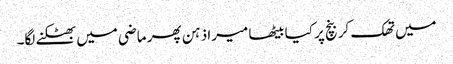
میں تھک کر بنچ پر کیا بیٹھا میرا ذہن پھر ماضی میں بھٹکنے لگا۔